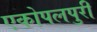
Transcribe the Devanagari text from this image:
एकोपलपुरी